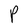
Character: P